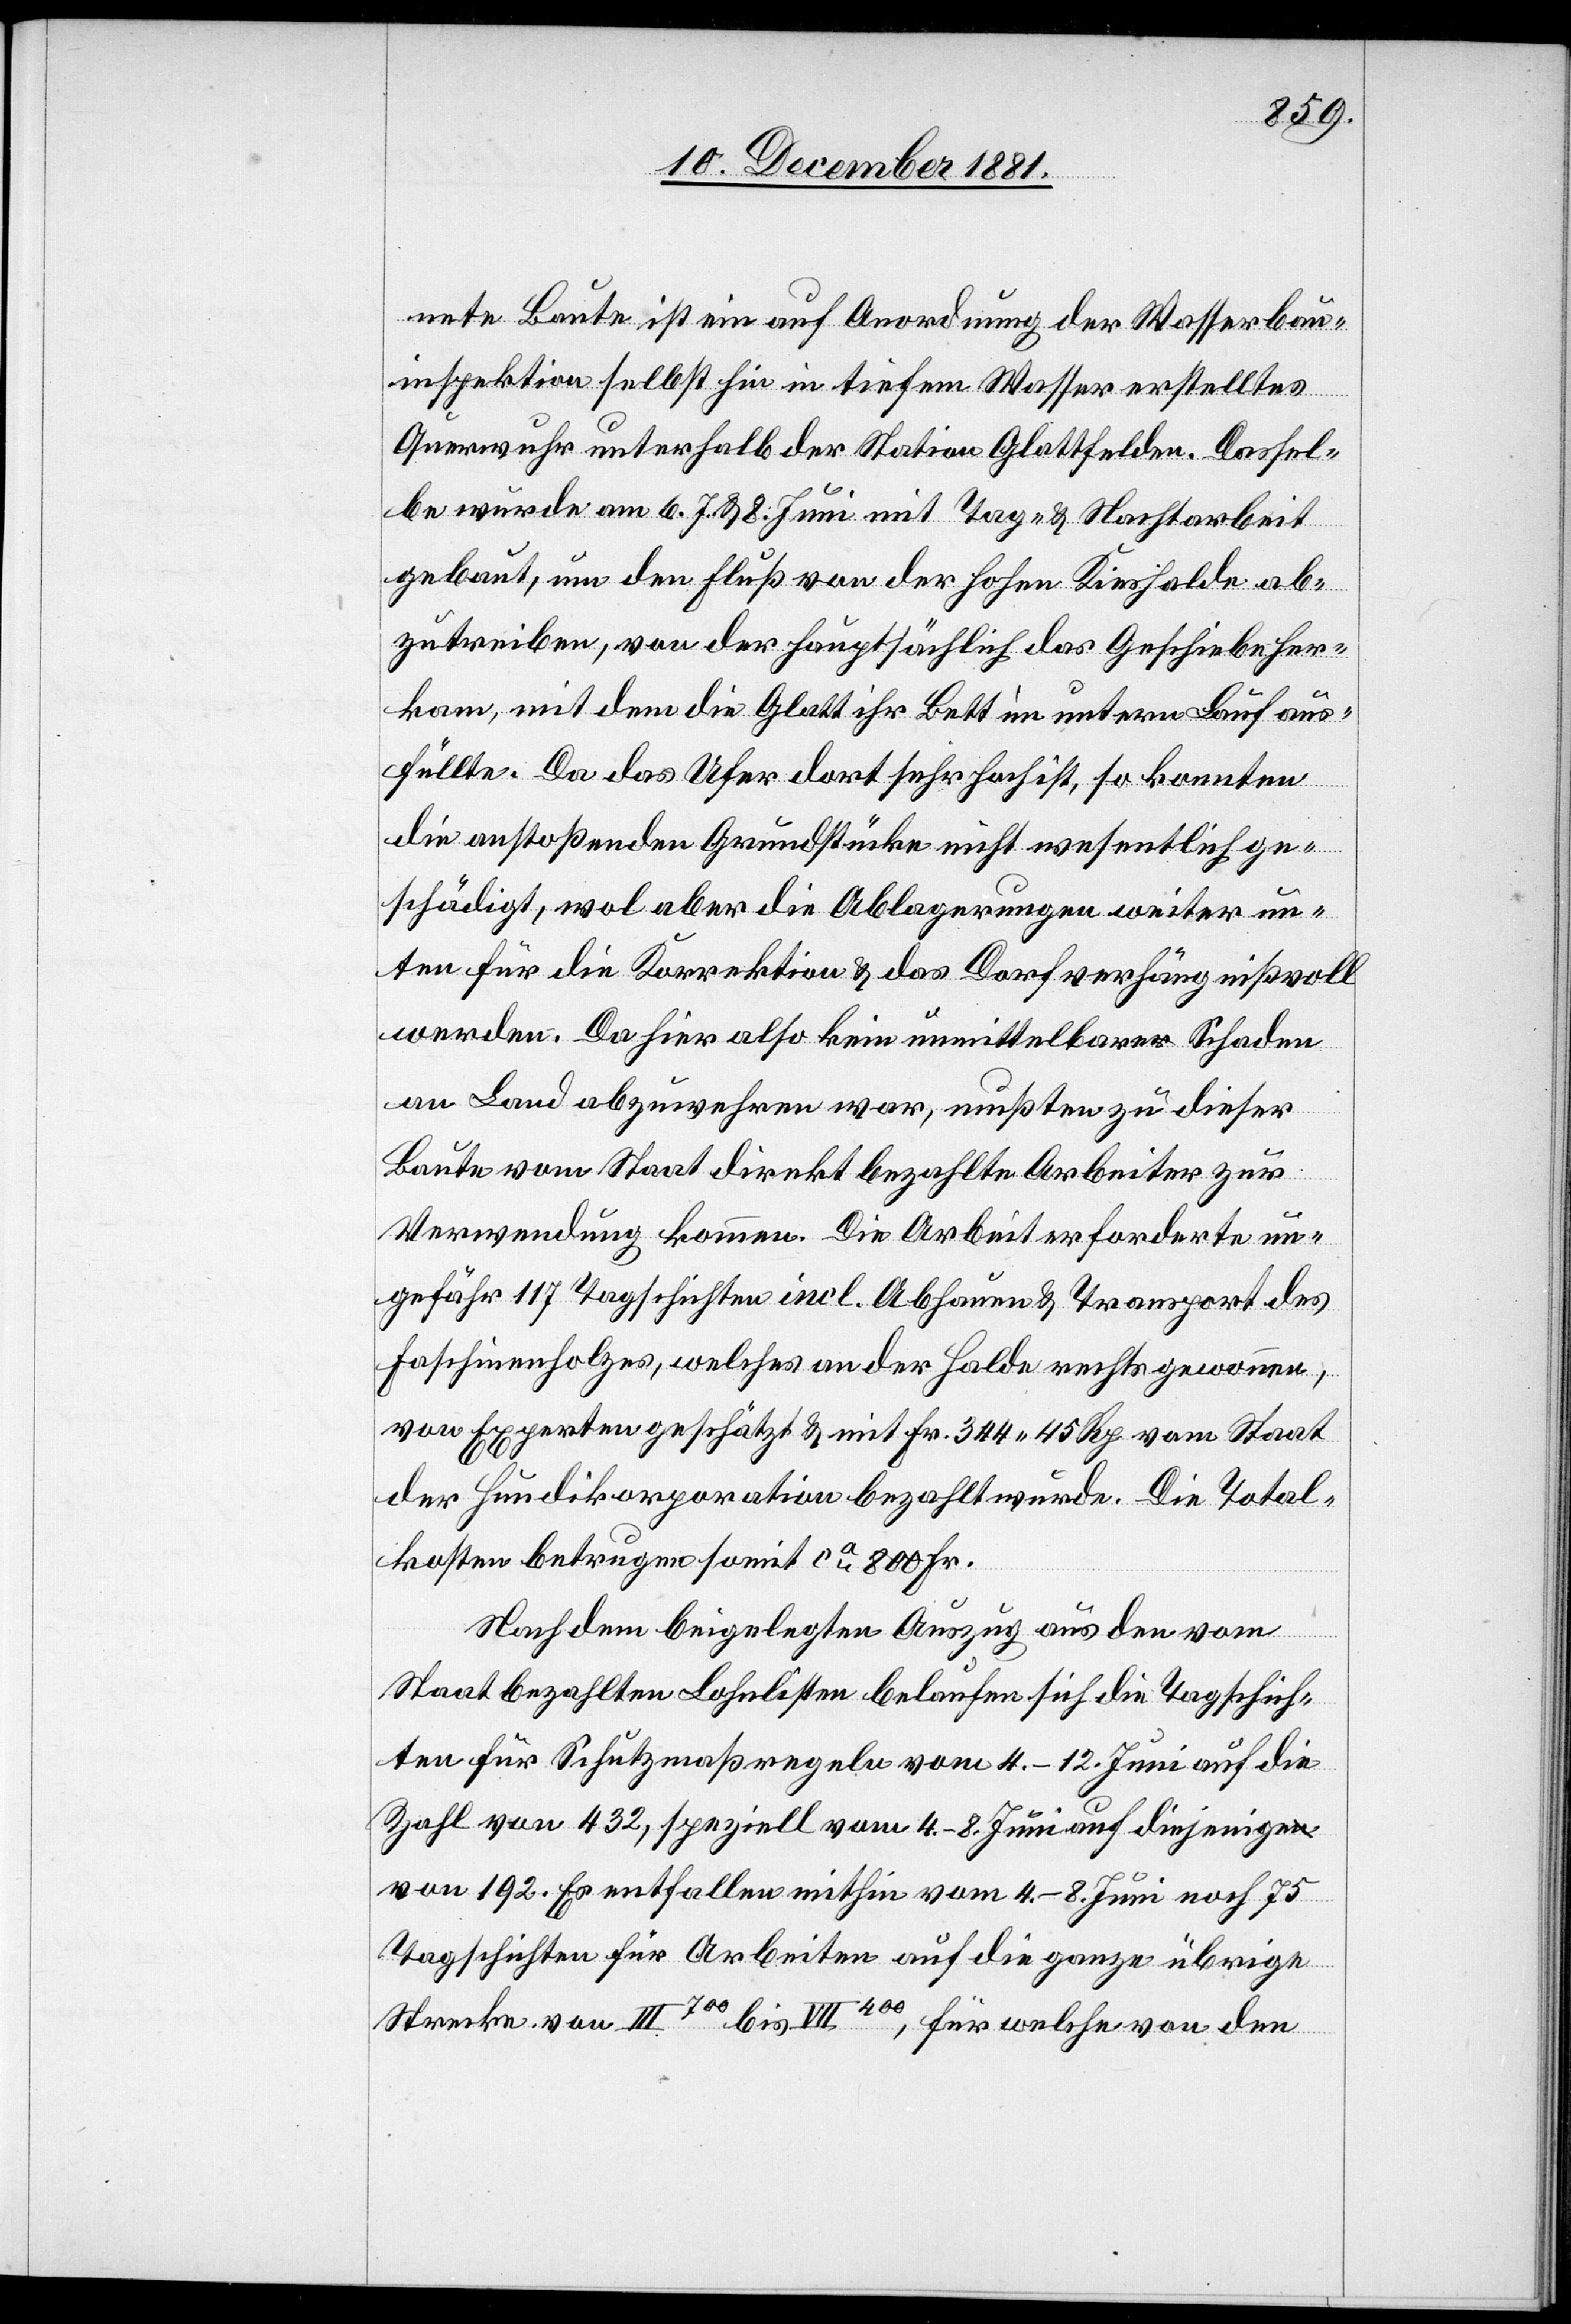
nete Baute ist ein auf Anordnung der Wasserbau¬
inspektion selbst hin in tiefem Wasser erstelltes
Querwuhr unterhalb der Station Glattfelden. Dassel¬
be wurde am 6.[,] 7. & 8. Juni mit Tag- & Nachtarbeit
gebaut, um den Fluß von der Hohen Kieshalde ab¬
zutreiben, von der Hauptsächlich das Geschiebe her¬
kam, mit dem die Glatt ihr Bett im untern Lauf aus¬
füllte. Da das Ufer dort sehr hoch ist, so konnten
die anstoßenden Grundstücke nicht wesentlich ge¬
schädigt, wol aber die Ablagerungen weiter un¬
ten für die Korrektion & das Dorf verhängnißvoll
werden. Da hier also kein unmittelbarer Schaden
an Land abzuwehren war, mußten zu dieser
Baute vom Staat direkt bezahlte Arbeiter zur
Verwendung kommen. Die Arbeit erforderte un¬
gefähr 117 Tagschichten incl. Abhauen & Transport des
Faschinenholzes, welches an der Halde rechts gewonnen,
von Experten geschätzt & mit Fr. 344 45 Rp. vom Staat
der Hundikorporation bezahlt wurde. Die Total¬
kosten betrugen somit ca 800 Fr.
Nach dem beigelegten Auszug aus den vom
Staat bezahlten Lohnlisten belaufen sich die Tagschich¬
ten für Schutzmaßregeln vom 4.–12. Juni auf die
Zahl von 432, speziell vom 4.–8. Juni auf diejenige
von 192. Es entfallen mithin vom 4.–8. Juni noch 75
Tagschichten für Arbeiten auf die ganze übrige
Strecke von III700 bis VII400, für welche von den